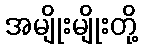
အမျိုးမျိုးတို့